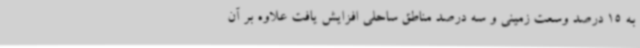
به 15 درصد وسعت زمینی و سه درصد مناطق ساحلی افزایش یافت علاوه بر آن